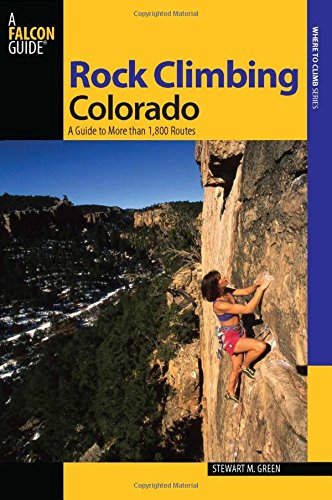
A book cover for Rock Climbing Colorado: A Guide To More Than 1,800 Routes (State Rock Climbing Series); Stewart M. Green; Sports & Outdoors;